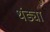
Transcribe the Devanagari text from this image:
थंड्या